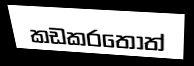
කඩකරතොත්